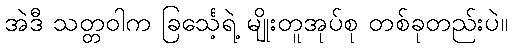
အဲဒီ သတ္တဝါက ခြင်္သေ့ရဲ့ မျိုးတူအုပ်စု တစ်ခုတည်းပဲ။